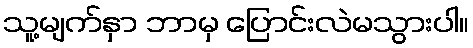
သူ့မျက်နှာ ဘာမှ ပြောင်းလဲမသွားပါ။